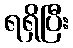
ရရှိပြီး